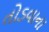
તોડવાના